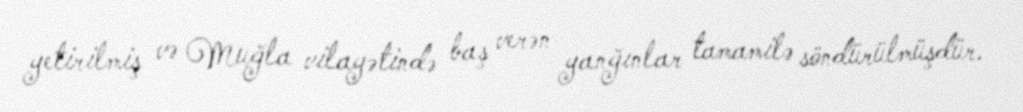
yetirilmiş və Muğla vilayətində baş verən yanğınlar tamamilə söndürülmüşdür.